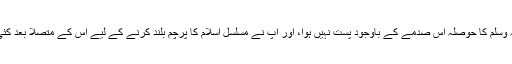
سرورِ عالم صلی اللہ علیہ وسلم کا حوصلہ اس صدمے کے باوجود پست نہیں ہوا، اور آپؐ نے مسلسل اسلام کا پرچم بلند کرنے کے لیے اس کے متصلاً بعد کئی جرأت مندانہ اقدام کیے۔